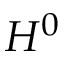
H ^ { 0 }